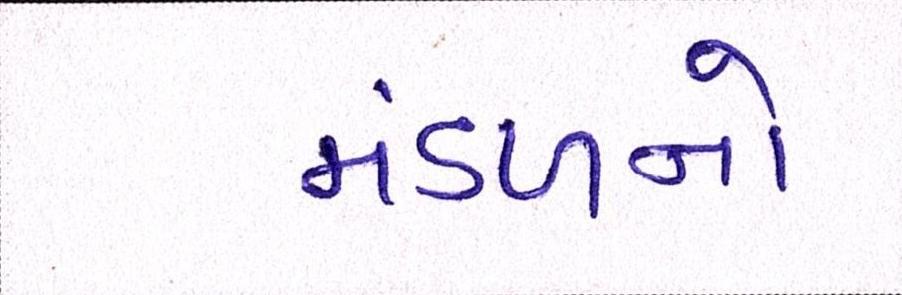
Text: મંડળનો